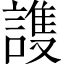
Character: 謢